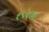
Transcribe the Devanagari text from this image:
१९१०६